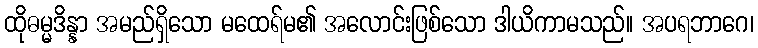
ထိုဓမ္မဒိန္နာ အမည်ရှိသော မထေရ်မ၏ အလောင်းဖြစ်သော ဒါယိကာမသည်။ အပရဘာဂေ၊